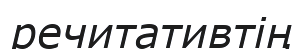
речитативтің